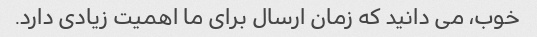
خوب، می دانید که زمان ارسال برای ما اهمیت زیادی دارد.